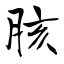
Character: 胲